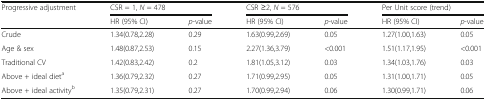
<table><thead><tr><td rowspan="2"><b>Progressive adjustment</b></td><td colspan="2"><b>CSR = 1, <i>N</i> = 478</b></td><td colspan="2"><b>CSR ≥2, <i>N</i> = 576</b></td><td colspan="2"><b>Per Unit score (trend)</b></td></tr><tr><td><b>HR (95% CI)</b></td><td><b><i>p</i>-value</b></td><td><b>HR (95% CI)</b></td><td><b><i>p</i>-value</b></td><td><b>HR (95% CI)</b></td><td><b><i>p</i>-value</b></td></tr></thead><tbody><tr><td>Crude</td><td>1.34(0.78,2.28)</td><td>0.29</td><td>1.63(0.99,2.69)</td><td>0.05</td><td>1.27(1.00,1.63)</td><td>0.05</td></tr><tr><td>Age &amp; sex</td><td>1.48(0.87,2.53)</td><td>0.15</td><td>2.27(1.36,3.79)</td><td>&lt;0.001</td><td>1.51(1.17,1.95)</td><td>&lt;0.001</td></tr><tr><td>Traditional CV</td><td>1.42(0.83,2.42)</td><td>0.2</td><td>1.81(1.05,3.12)</td><td>0.03</td><td>1.34(1.03,1.76)</td><td>0.03</td></tr><tr><td>Above + ideal diet<sup>a</sup></td><td>1.36(0.79,2.32)</td><td>0.27</td><td>1.71(0.99,2.95)</td><td>0.05</td><td>1.31(1.00,1.71)</td><td>0.05</td></tr><tr><td>Above + ideal activity<sup>b</sup></td><td>1.35(0.79,2.31)</td><td>0.27</td><td>1.70(0.99,2.94)</td><td>0.06</td><td>1.30(0.99,1.71)</td><td>0.06</td></tr></tbody></table>